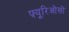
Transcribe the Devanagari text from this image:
फ़्यूरिओसो